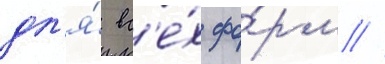
дл'я́ вс'е́х фо́рм //